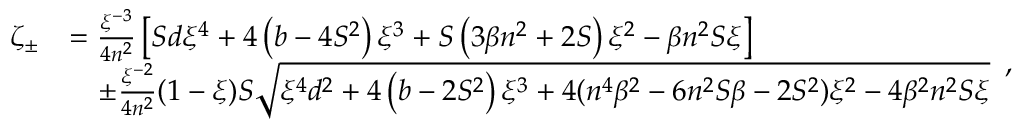
\begin{array} { r l } { \zeta _ { \pm } } & { = \frac { \xi ^ { - 3 } } { 4 n ^ { 2 } } \left[ S d \xi ^ { 4 } + 4 \left( b - 4 S ^ { 2 } \right) \xi ^ { 3 } + S \left( 3 \beta n ^ { 2 } + 2 S \right) \xi ^ { 2 } - \beta n ^ { 2 } S \xi \right] } \\ & { \quad \pm \frac { \xi ^ { - 2 } } { 4 n ^ { 2 } } ( 1 - \xi ) S \sqrt { \xi ^ { 4 } d ^ { 2 } + 4 \left( b - 2 S ^ { 2 } \right) \xi ^ { 3 } + 4 ( n ^ { 4 } \beta ^ { 2 } - 6 n ^ { 2 } S \beta - 2 S ^ { 2 } ) \xi ^ { 2 } - 4 \beta ^ { 2 } n ^ { 2 } S \xi } } \end{array} ,